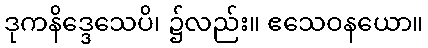
ဒုကနိဒ္ဒေသေပိ၊ ၌လည်း။ ဧသေဝနယော။